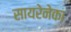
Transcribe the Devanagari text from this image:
सायरेनेका